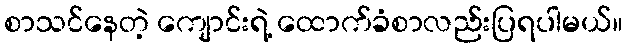
စာသင်နေတဲ့ ကျောင်းရဲ့ ထောက်ခံစာလည်းပြရပါမယ်။